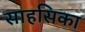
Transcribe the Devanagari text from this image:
साहसिका